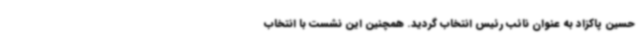
حسین پاکزاد به عنوان نائب رئیس انتخاب گردید. همچنین این نشست با انتخاب